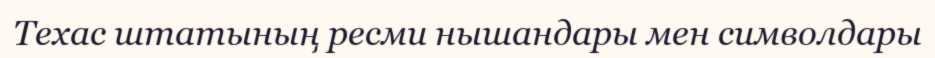
Техас штатының ресми нышандары мен символдары